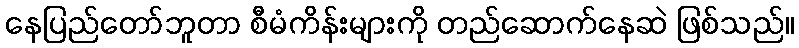
နေပြည်တော်ဘူတာ စီမံကိန်းများကို တည်ဆောက်နေဆဲ ဖြစ်သည်။